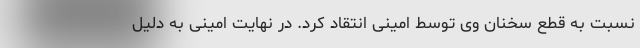
نسبت به قطع سخنان وی توسط امینی انتقاد کرد. در نهایت امینی به دلیل